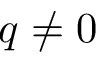
q \neq 0